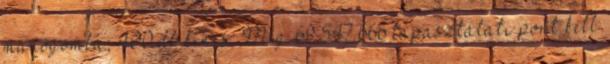
manógomba, 400 db kincs, Még 69.547.666 tapasztalati pont kell